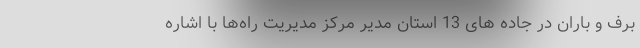
برف و باران در جاده های 13 استان ‌مدیر مرکز مدیریت راه‌ها با اشاره